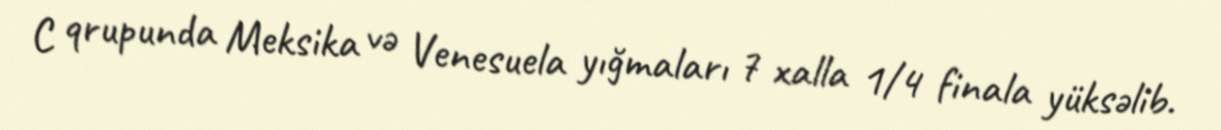
C qrupunda Meksika və Venesuela yığmaları 7 xalla 1/4 finala yüksəlib.